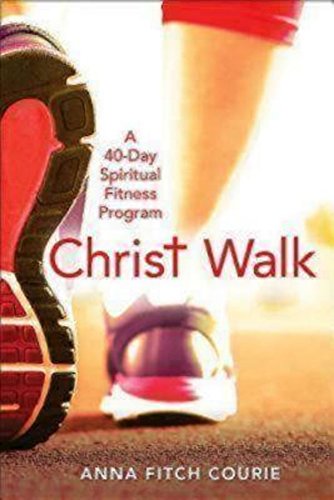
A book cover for Christ Walk: A 40-Day Spiritual Fitness Program; Anna Fitch Courie; Health, Fitness & Dieting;